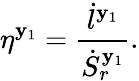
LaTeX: \eta^{\mathbf{y}_{1}}=\frac{{\dot{{l}}^{\mathbf{y}_{1}}}}{{\dot{{S}}_{r}^{\mathbf{y}_{1}}}}.